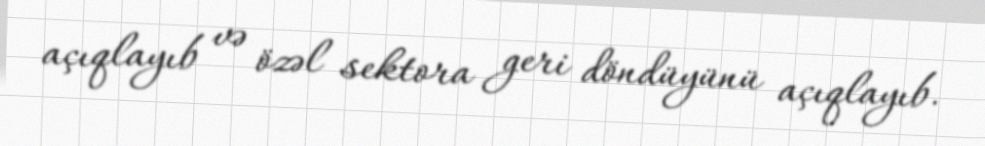
açıqlayıb və özəl sektora geri döndüyünü açıqlayıb.